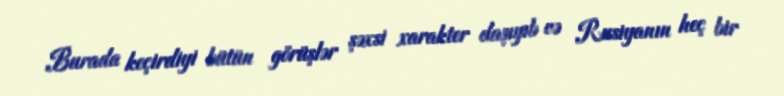
Burada keçirdiyi bütün görüşlər şəxsi xarakter daşıyıb və Rusiyanın heç bir